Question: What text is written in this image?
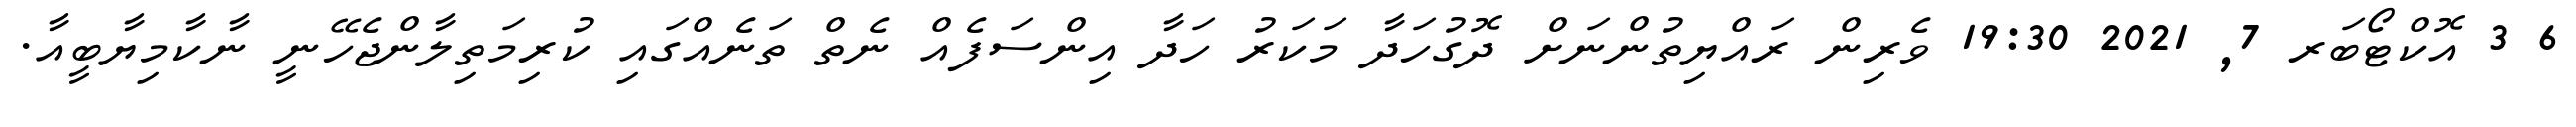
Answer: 6 3 އޮކްޓޯބަރ 7, 2021 19:30 ވެރިން ރައްޔިތުންނަށް ދޮގުހަދާ މަކަރު ހަދާ އިންސަފެއް ނެތް ތަނެއްގައި ކުރިމަތިލާންޖެހޭނީ ނާކާމިޔާބީއާ.